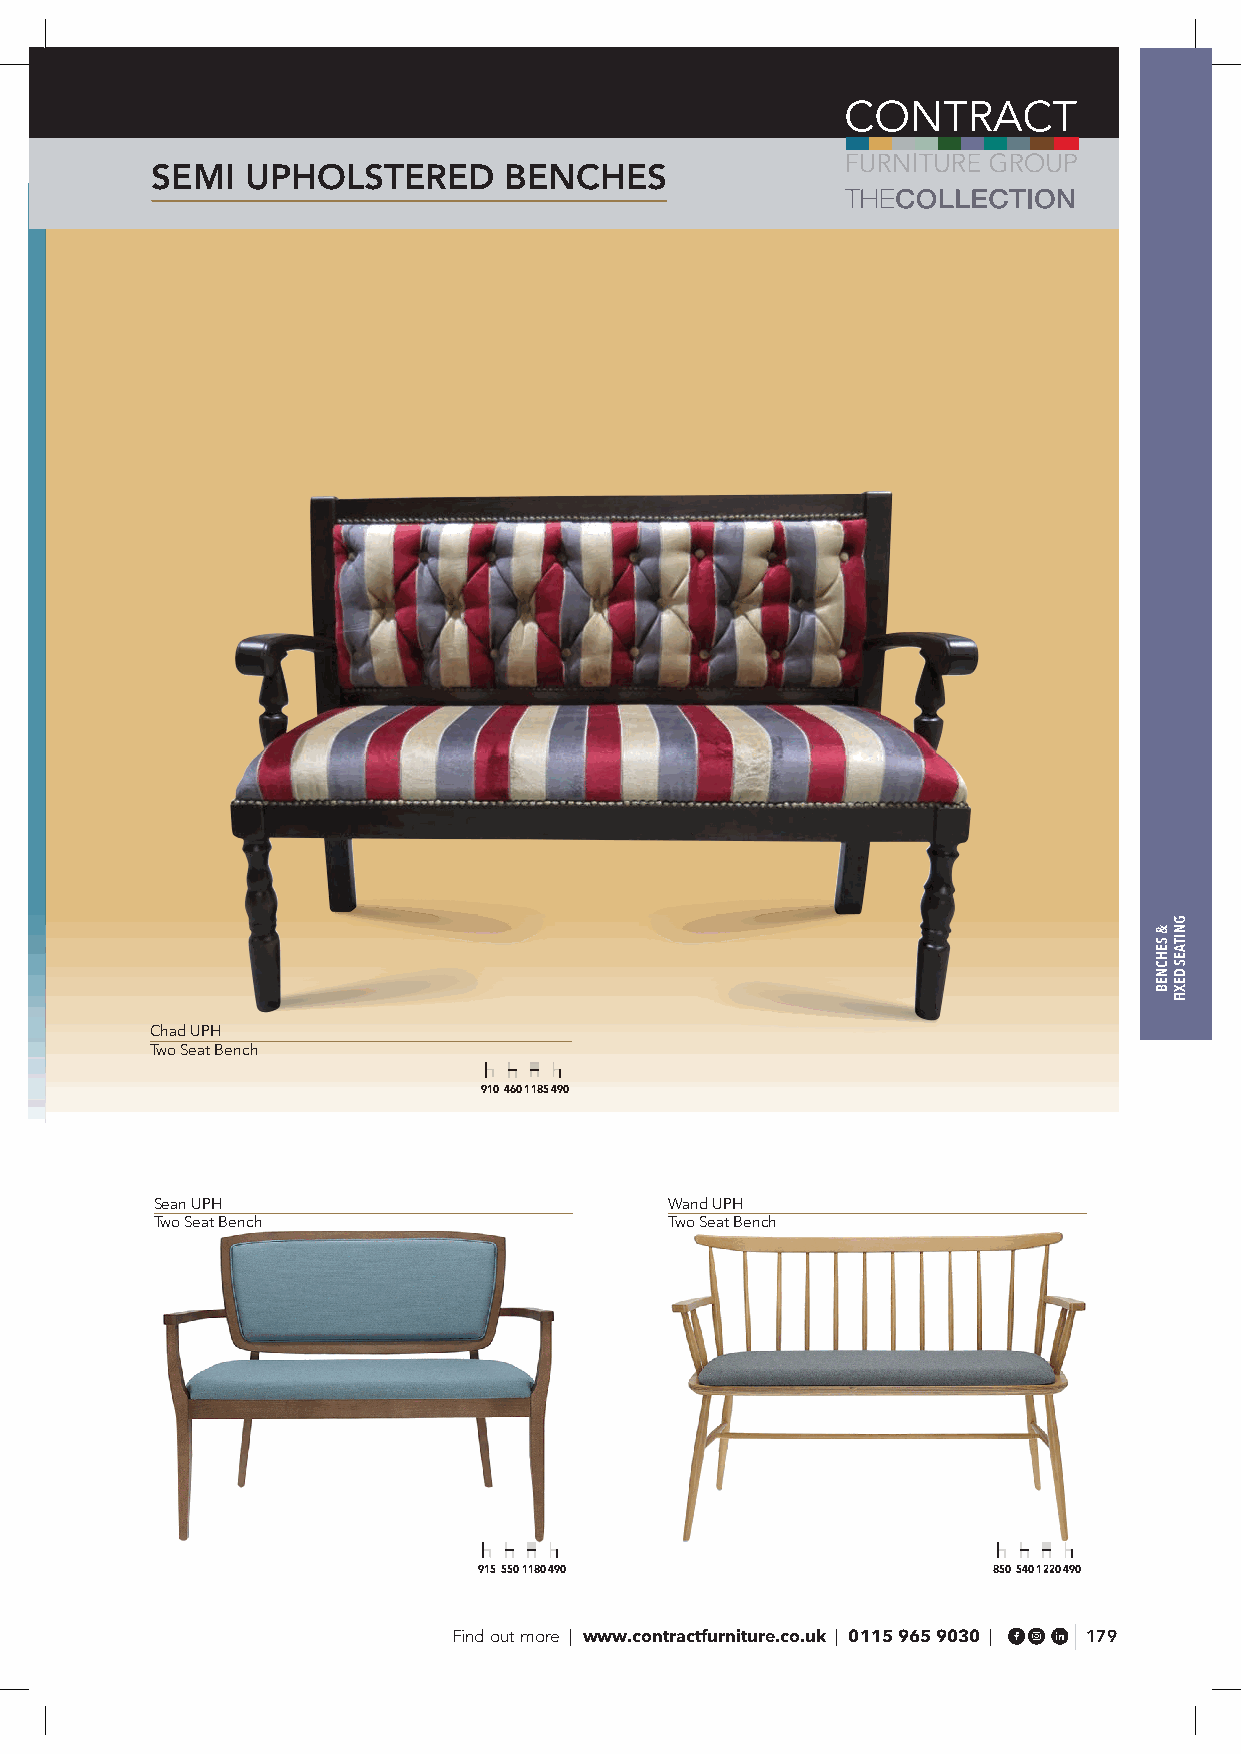
SEMI  UPHOLSTERED      BENCHES
 Chad UPH
 Two Seat Bench
 910 460 1185 490
 Sean UPH                          Wand UPH
 Two Seat Bench                    Two Seat Bench
 915 550 1180 490                  850 540 1220 490
 Find out more | www.contractfurniture.co.uk | 0115 965 9030 | 179
 &
 SEHCNEB
 GNITAES
 DEXIF